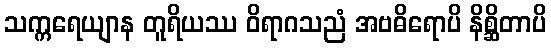
သက္ကရေယျာန တူရိယဿ ဝိရာဂသညံ အဗဓိရောပိ နိစ္ဆိတာပိ